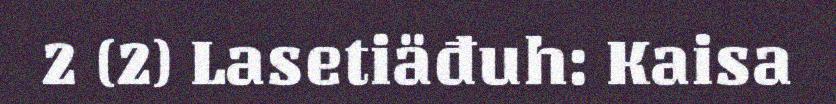
2 (2) Lasetiäđuh: Kaisa